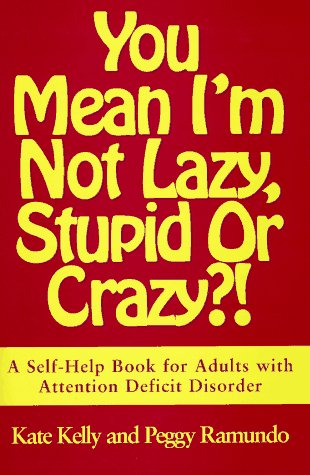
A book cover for You Mean I'm Not Lazy, Stupid or Crazy?!: A Self-Help Book for Adults with Attention Deficit Disorder; Kate Kelly; Parenting & Relationships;